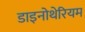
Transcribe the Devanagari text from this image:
डाइनोथेरियम